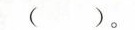
()。